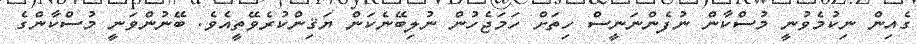
ގެއިން ނިކުމެވުނީ މުސްކާން ނުފެންނަނީސް ހިތަށް ހަމަޖެހުން ނުލިބޭނެކަން ޔަޤިންކުރެވޭތީއެވެ. ބޭނުންވަނީ މުސްކާންގެ